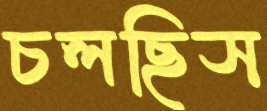
চলছিস